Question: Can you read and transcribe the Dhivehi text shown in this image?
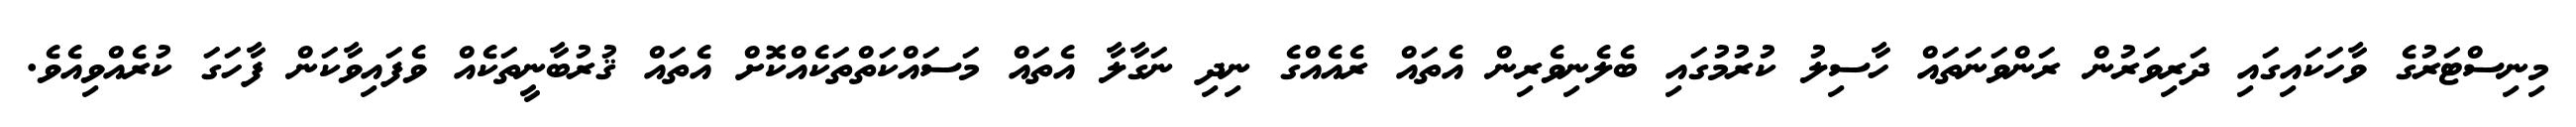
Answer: މިނިސްޓަރުގެ ވާހަކައިގައި ދަރިވަރުން ރަންވަނަތައް ހާސިލު ކުރުމުގައި ބެލެނިވެރިން އެތައް ރެއެއްގެ ނިދި ނަގާލާ އެތައް މަސައްކަތްތަކެއްކޮށް އެތައް ޤުރުބާނީތަކެއް ވެފައިވާކަން ފާހަގަ ކުރެއްވިއެވެ.